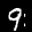
Label: 9